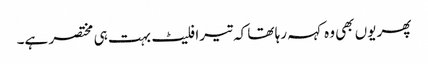
پھر یوں بھی وہ کہہ رہا تھا کہ تیرا فلیٹ بہت ہی مختصر ہے۔